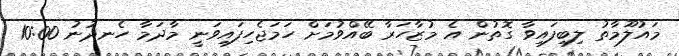
މައުލޫމާތު ލިބިފައިވާ ގޮތުން އެ މުޒާހަރާ ބޭއްވުމަށް ހަމަޖެހިފައިވަނީ މާދަމާ ހެނދުނު 10:00